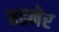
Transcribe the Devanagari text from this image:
बडनेर